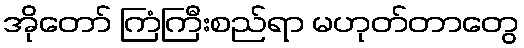
အိုတော် ကြံကြီးစည်ရာ မဟုတ်တာတွေ